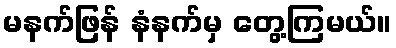
မနက်ဖြန် နံနက်မှ တွေ့ကြမယ်။